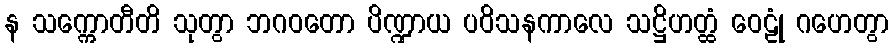
န သက္ကောတီတိ သုတွာ ဘဂဝတော ပိဏ္ဍာယ ပဝိသနကာလေ သဋ္ဌိဟတ္ထံ ဝေဠုံ ဂဟေတွာ